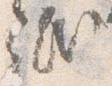
紙